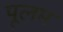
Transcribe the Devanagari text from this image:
पूलम